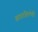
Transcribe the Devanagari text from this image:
आधारशिल्पेही